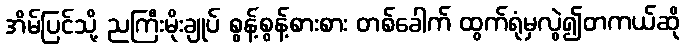
အိမ်ပြင်သို့ ညကြီးမိုးချုပ် စွန့်စွန့်စားစား တစ်ခေါက် ထွက်ရုံမှလွဲ၍တကယ်ဆို